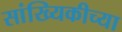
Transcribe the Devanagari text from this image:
सांख्यिकीच्या